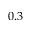
0 . 3